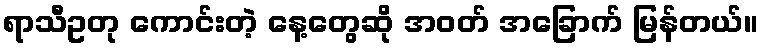
ရာသီဥတု ကောင်းတဲ့ နေ့တွေဆို အဝတ် အခြောက် မြန်တယ်။